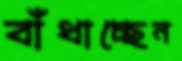
বাঁধাচ্ছেন